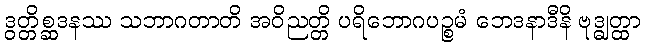
ဒွတ္တိစ္ဆဒနဿ သဘာဂတာတိ အဝိညတ္တိ ပရိဘောဂပဉ္စမံ ဘေဒနာဒီနိ ဗုဒ္ဓျတ္ထာ